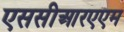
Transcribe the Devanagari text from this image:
एससीआरएएम